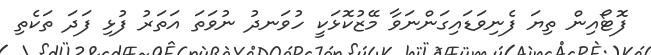
ފޮޓޯއިން ތިޔަ ފެނިވަޑައިގަންނަވާ މޭޒުކޮޅަކީ ހުވަނދު ނުވަތަ އަތަރު ފުޅި ފަދަ ތަކެތި